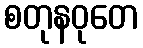
စတုနဝုတေ